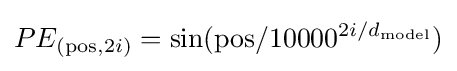
PE_{({\rm {pos}},2i)}=\sin({\rm {pos}}/{10000}^{2i/d_{\rm {model}}})